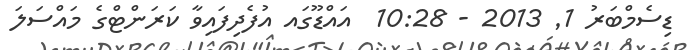
ޑިސެމްބަރު 1